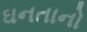
ઘનતાનો